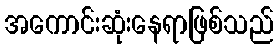
အကောင်းဆုံးနေရာဖြစ်သည်